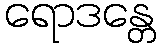
ရောဒန္တေ